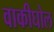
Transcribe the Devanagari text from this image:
वाकीघोल